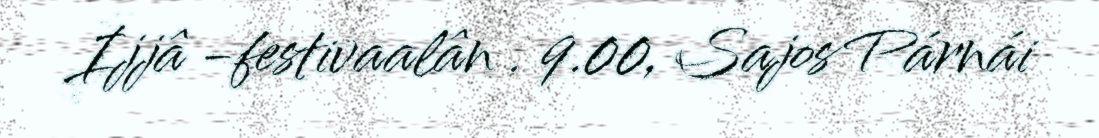
Ijjâ -festivaalân . 9.00, Sajos Párnái